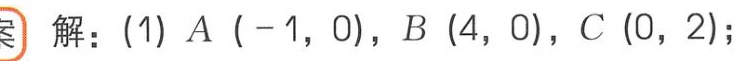
解：(1) \(A(-1,0)\)，\(B(4,0)\)，\(C(0,2)\)；